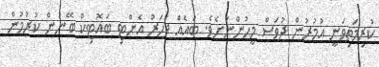
ކުރިމަތިވަނީ އުމުރުން ދުވަސް މީހުންނަށެވެ. ބައެއް ފަހަރު އެންޓި ބައޮޓިކް ބޭނުން ކުރުމުން